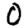
Digit: 0